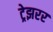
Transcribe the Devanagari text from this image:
ट्रेझरर